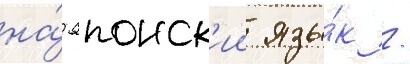
на́ японск'ии язы́к /